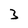
Character: 3